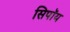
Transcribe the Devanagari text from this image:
सिपॉय